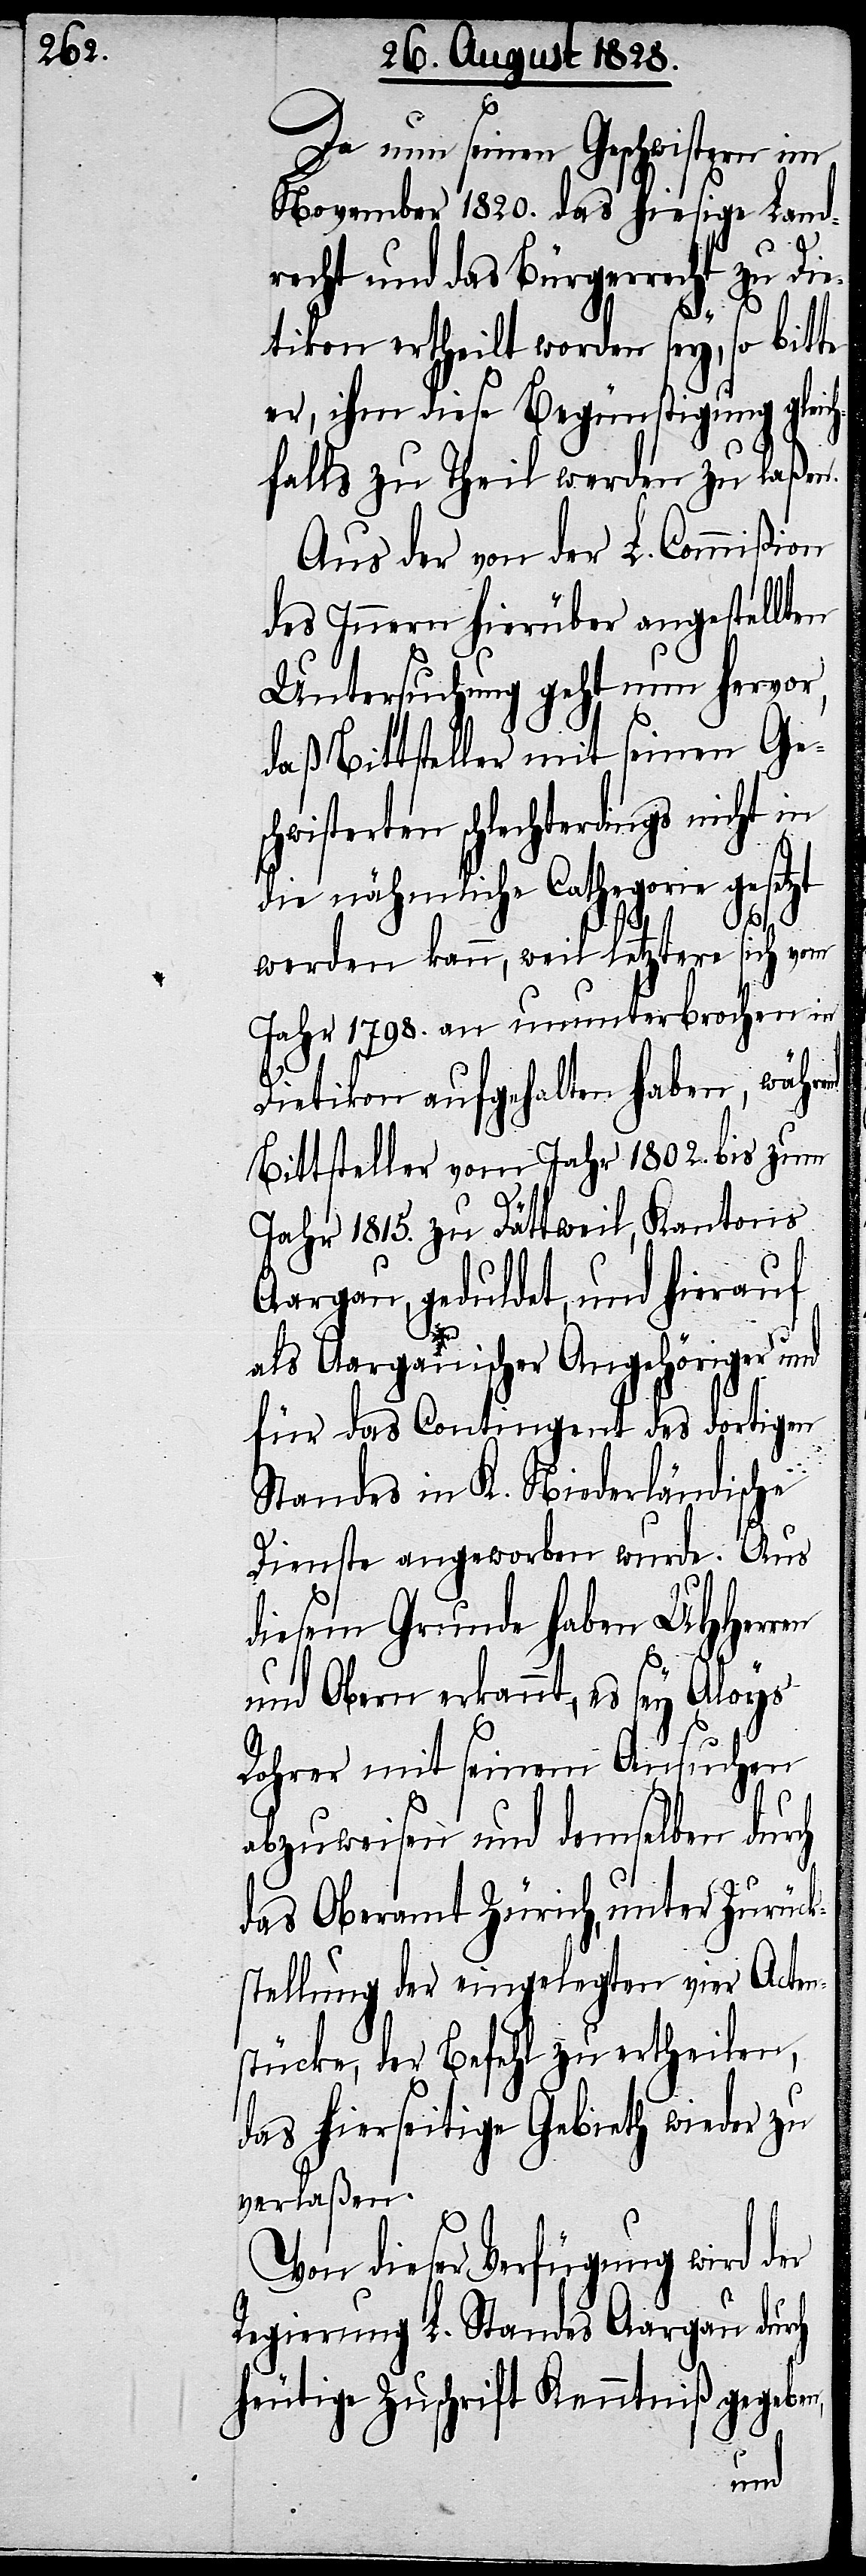
Da nun seine Geschwistern im
November 1820. das hiesige Land¬
recht und das Bürgerrecht zu Die¬
tikon ertheilt worden sey, so bitte
er, ihm diese Begünstigung gleic¬
hfalls zu Theil werden zu laßen.
Aus der von der L. Commißion
des Innern hierüber angestellten
Untersuchung geht nun hervor,
daß Bittsteller mit seinen Ges¬
chwisterten schlechterdings nicht in
die nähmliche Cathegorie gesetzt
werden kann, weil letztere sich vom
Jahr 1798. an ununterbrochen in
Dietikon aufgehalten haben, während
Bittsteller vom Jahr 1802. bis zum
Jahr 1815. zu Dättweil, Kantons
Aargau, geduldet, und hierauf
als Aargauischer Angehöriger und
für das Contingent des dortigen
Standes in K. Niederländische
Dienste angeworben wurde. Aus
diesem Grunde haben UHHerren
und Obern erkannt, es sey Aloys
Rohrer mit seinem Ansuchen
abzuweisen und demselben durch
das Oberamt Zürich, unter Zurück¬
stellung der eingelegten vier Acten¬
stücke, der Befehl zu ertheilen,
das hierseitige Gebieth wieder zu
verlaßen.
Von dieser Verfügung wird der
Regierung L. Standes Aargau durch
heutige Zuschrift Kenntniß gegeben,